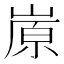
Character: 㟶